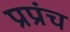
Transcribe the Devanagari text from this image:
प्रप्रंच